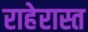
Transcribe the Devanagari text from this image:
राहेरास्त